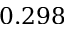
0 . 2 9 8